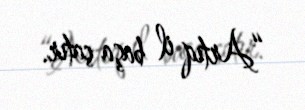
“Artıq il başa çatır.